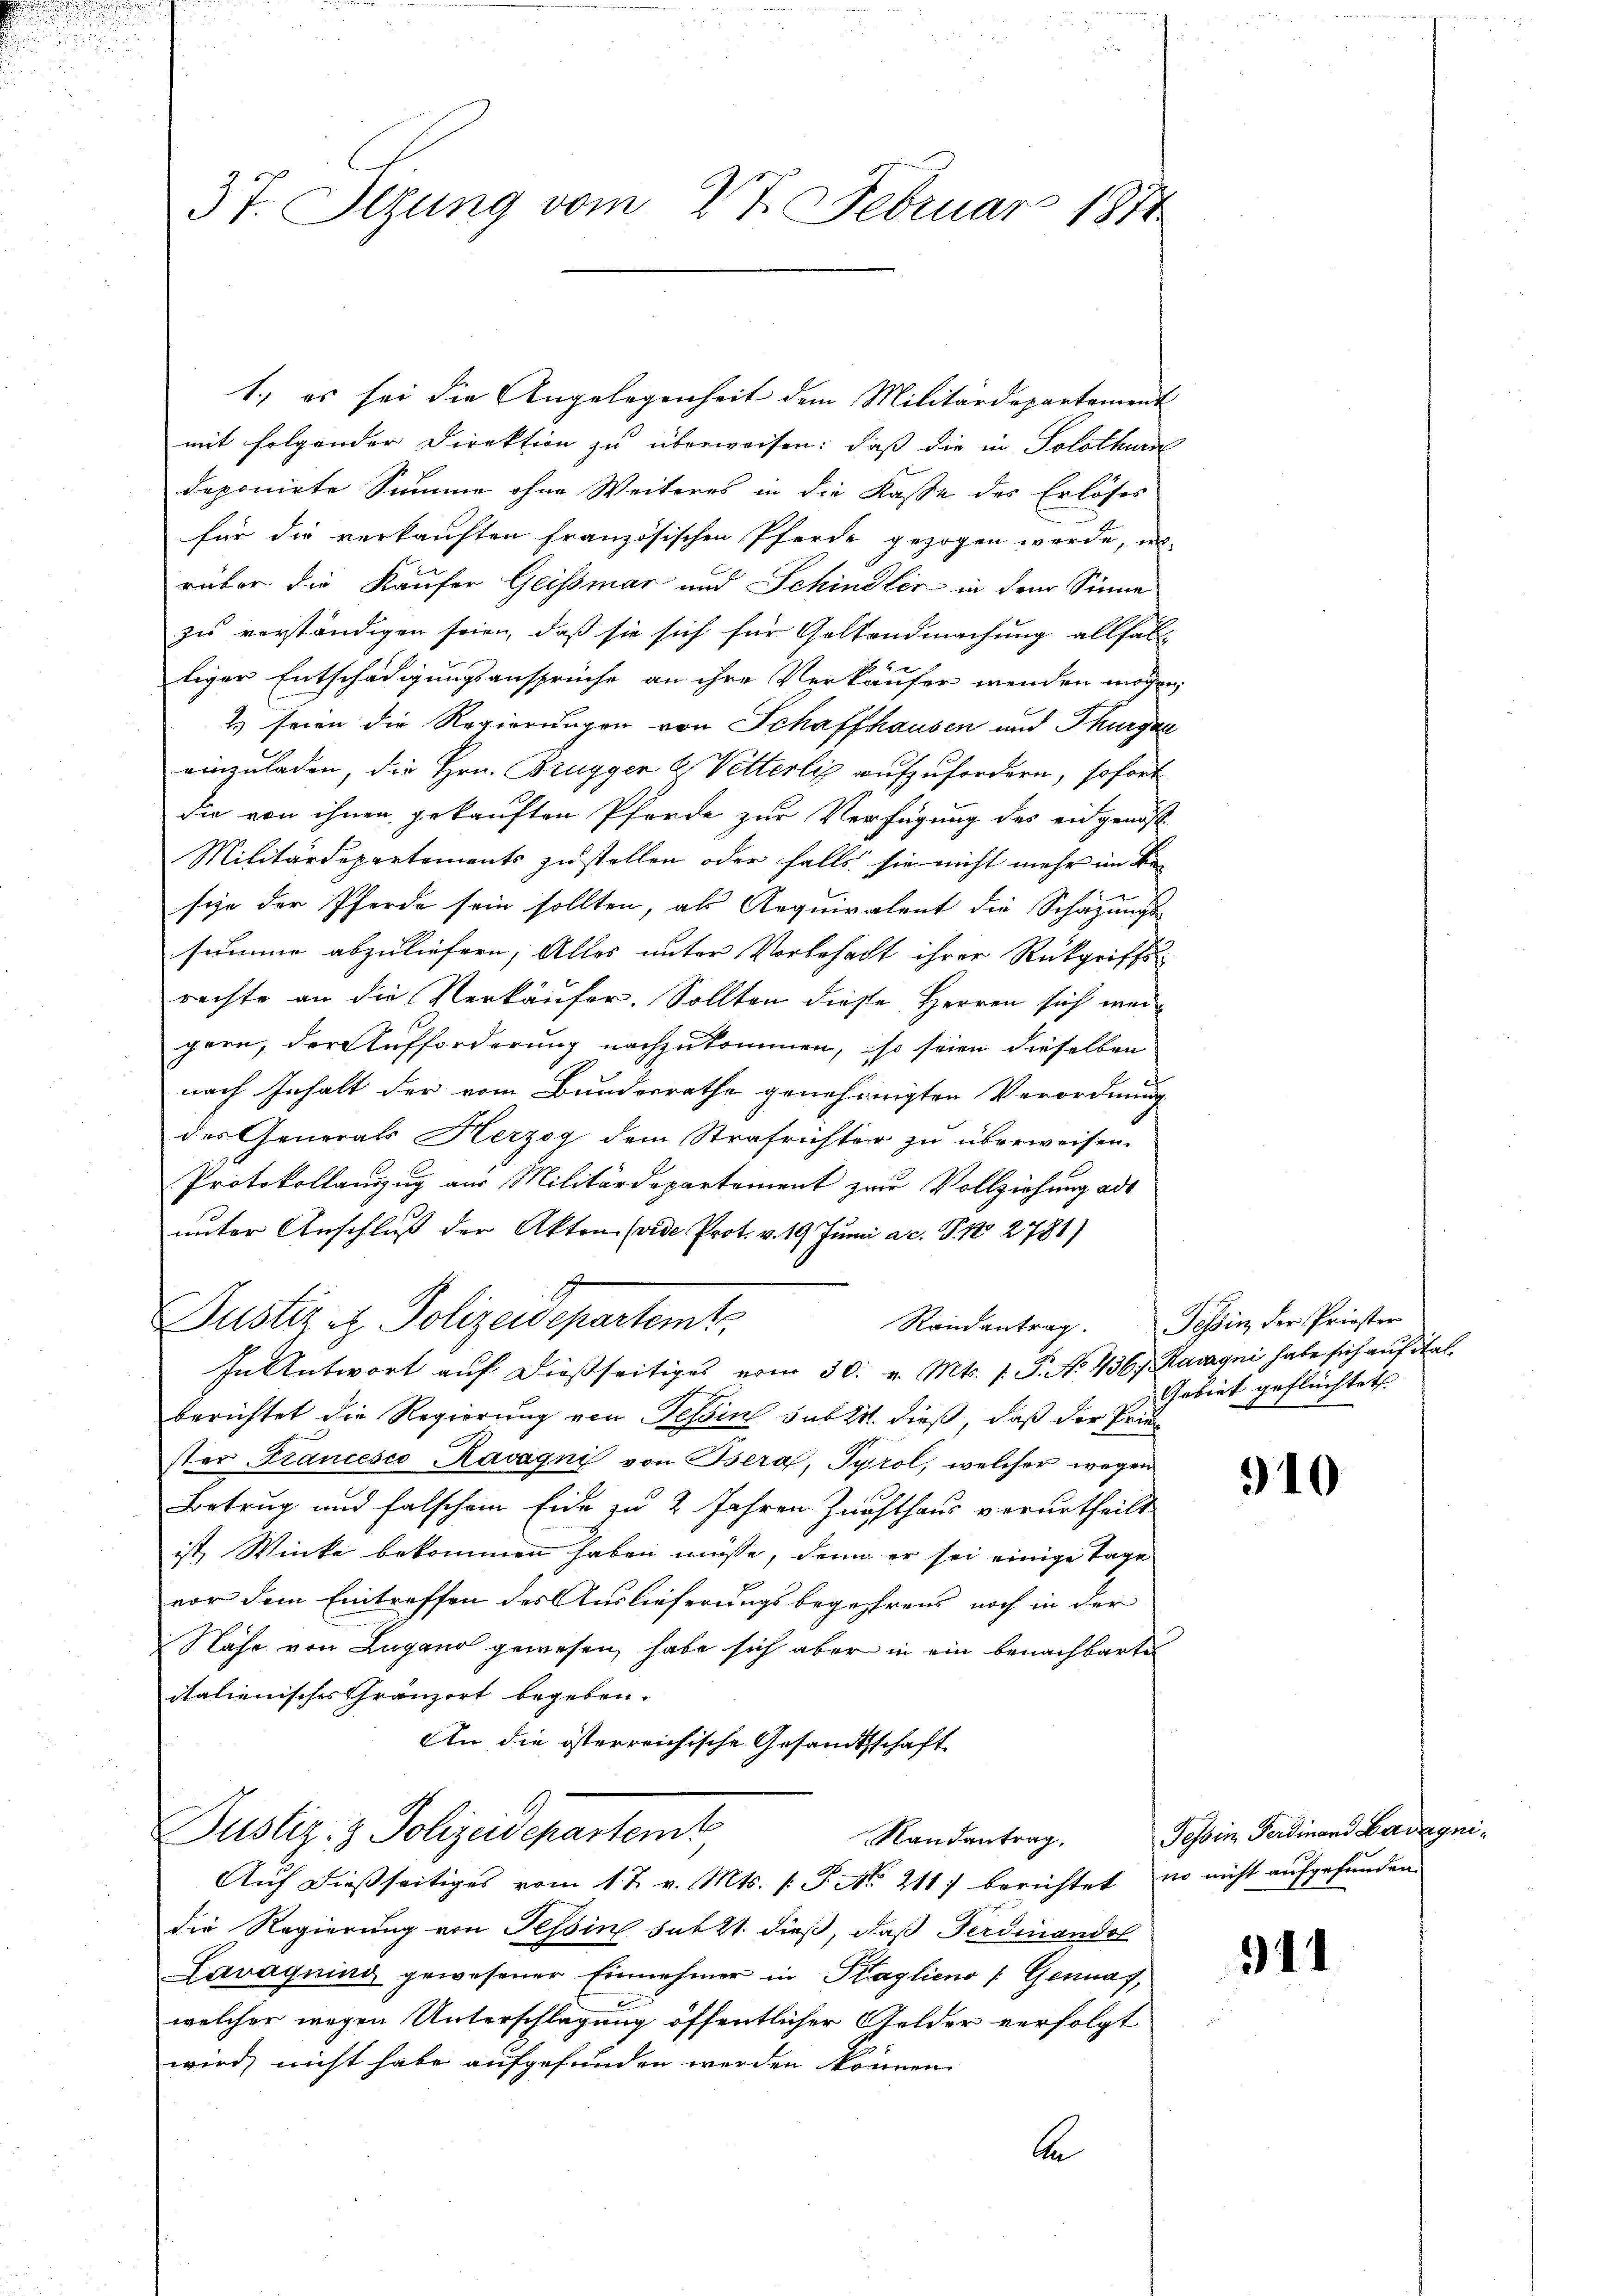
n

37. Sezung vom 27. Februar 1871

1.) es sei die Angelegenheit dem Militärdepartement
mit folgender Direktion zu überweisen: daß die in Solothurn
deponirte Summe ohne Weiteres in die Kasse des Erlöses
für die verkauften französischen Pferde gezogen werde, i
rüber die Käufer Geissmar und Schindler in dem Sinne
zu verständigen seien, daß sie sich für Geltendmachung allfall
liger Entschädigungsansprüche an ihre Verkäufer wenden mögen,
2) seien die Regierungen von Schaffhausen und Thurgaa
einzuladen, die Hrn. Brugger & Vetterlis aufzufordern, sofort
die von ihnen gekauften Pferde zur Verfügung des eidgenöß
Militärdepartements zustellen oder falls sie nicht mehr im Besie der Pferde sein sollten, als Requiralent die Schazungs-
summe abzuliefern, Alles unter Vorbehalt ihrer Rückgriffs-
rechte an die Verkäufer. Sollten diese Herren sich weigern, der Aufforderung nachzukommen, so seien dieselben
nach Inhalt der vom Bundesrathe genehmigten Verordnung
des Generals Herzog dem Strafrichter zu überweisen.
Protokollanzug aus Militärdepartement zur Vollziehung ad
unter Anschluß der Akten. (vide Prot. v. 19 Junii a.c. S. 2781)
g
Justiz- & Polizeidepartemt
In Antwort auf dießseitiges vom 30. v. Mts. 1. P. No. 436. Karayni habe sich auf italberichtet die Regierung von Tessin sub 20. dieß, daß der Pries
ster Francesco Kavagni von Bera, Tyrol, welcher wegen

Betrug und falschem Eide zu 2 Jahren Zürchthaus verurtheilt
ist Winke bekommen haben müsse, denn er sei einige Tage
vor dem Eintreffen des Auslieferungsbegehrens noch in der
Nähe von Lugano gewesen, habe sich aber in ein benachbarte
italienisches Gränzert begeben.
An die österreichische Gesandtschaft
Justiz- & Polizeidepartemt
Randantrag.
Aŭf dießseitiges vom 1 t v. Mts. (: P. No. 211) berichtet, wo nicht aufgefunden
die Regierung von Tessin sub 21. dieß, daß Ferdinandol
Lavaqning gewesener Einnehmer in Kraglieno /:Gennaf,
welcher wegen Unterschlagung öffentlicher Gelder verfolgt
wird, nicht habe aufgefunden werden können.

be

Randantrag. Tessin, der Priester

Gebiet geflüchtet

910

Tessin, Ferdinand Badegni

941

2